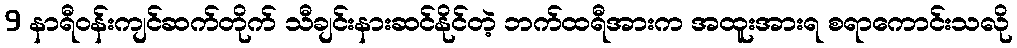
9 နာရီဝန်းကျင်ဆက်တိုက် သီချင်းနားဆင်နိုင်တဲ့ ဘက်ထရီအားက အထူးအားရ စရာကောင်းသလို